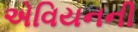
એવિયનની